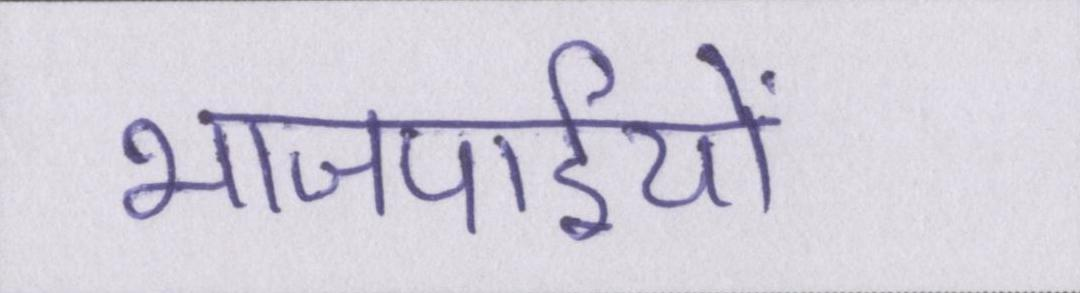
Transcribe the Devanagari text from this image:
भाजपाईयों